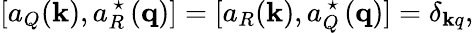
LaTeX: [a_{Q}({\mathbf k}),a_{R}^{\mathrm{\normalsize~\star~}}({\mathbf q})]=[a_{R}({\mathbf k}),a_{Q}^{\mathrm{\normalsize~\star~}}({\mathbf q})]=\delta_{\mathbf kq},